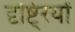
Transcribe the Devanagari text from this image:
दृष्टि्रयों